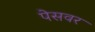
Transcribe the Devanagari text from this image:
पेसवर